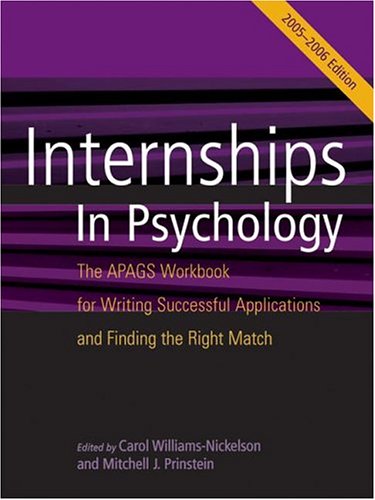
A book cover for Internships in Psychology: The Apags Workbook for Writing Successful Applications and Finding the Right Match; Carol Williams-Nickelson; Test Preparation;